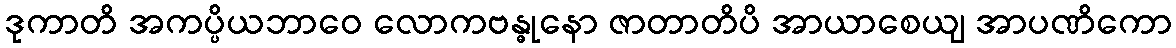
ဒုကာတိ အကပ္ပိယဘာဝေ လောကဗန္ဓုနော ဇာတာတိပိ အာယာစေယျ အာပဏိကော